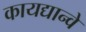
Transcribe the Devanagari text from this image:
कायद्यान्वे